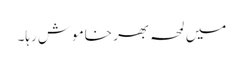
میں لمحہ بھر خاموش رہا۔